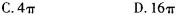
C.4 \pi D.16 \pi